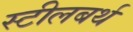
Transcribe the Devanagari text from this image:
स्टीलबर्थ